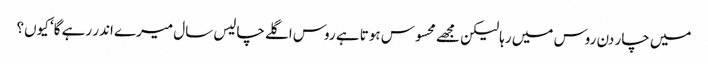
میں چار دن روس میں رہا لیکن مجھے محسوس ہوتا ہے روس اگلے چالیس سال میرے اندر رہے گا‘ کیوں؟